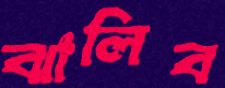
ঝালিব